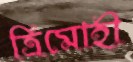
ত্রিমোহী